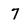
Character: 7